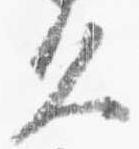
久